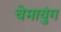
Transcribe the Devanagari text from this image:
चेमायुंग